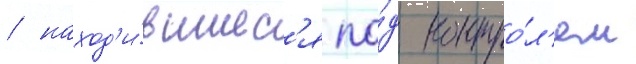
/ наход'и́вшиес'я по́д контро́л'ем